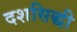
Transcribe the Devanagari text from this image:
दशसिद्धी